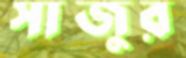
সাজুর